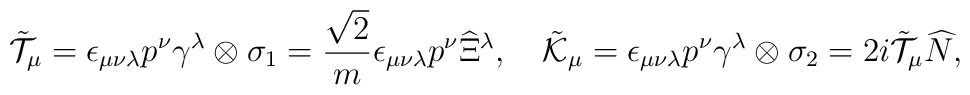
\tilde{\cal T}_\mu=\epsilon_{\mu\nu\lambda}p^\nu\gamma^\lambda\otimes\sigma_1=\frac{\sqrt{2}}{m}\epsilon_{\mu\nu\lambda}p^\nu\widehat{\Xi}{}^\lambda,\quad\tilde{\cal K}_\mu=\epsilon_{\mu\nu\lambda}p^\nu\gamma^\lambda\otimes\sigma_2=2i\tilde{\cal T}_\mu\widehat{N},